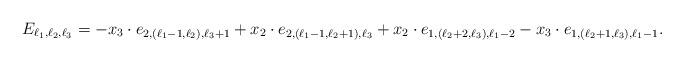
LaTeX: \begin{align*} E_{\ell_1,\ell_2,\ell_3}= -x_3 \cdot e_{2,(\ell_1-1,\ell_2),\ell_3 +1 } + x_2 \cdot e_{2,(\ell_1-1,\ell_2+1),\ell_3 } +x_2 \cdot e_{1,(\ell_2+2,\ell_3),\ell_1-2 } -x_3 \cdot e_{1,(\ell_2+1,\ell_3),\ell_1-1 }. \end{align*}